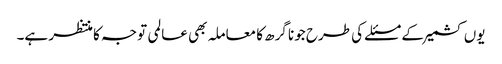
یوں کشمیر کے مسئلے کی طرح جونا گرھ کا معاملہ بھی عالمی توجہ کا منتظر ہے۔